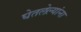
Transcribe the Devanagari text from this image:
घेतलेल्यांना